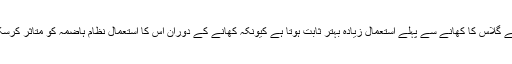
پانی کے گلاس کا کھانے سے پہلے استعمال زیادہ بہتر ثابت ہوتا ہے کیونکہ کھانے کے دوران اس کا استعمال نظام ہاضمہ کو متاثر کرسکتا ہے۔